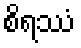
စိရဿံ